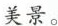
美景。